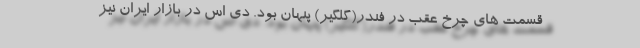
قسمت های چرخ عقب در فندر(گلگیر) پنهان بود. دی اس در بازار ایران نیز